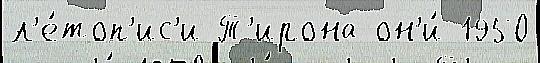
л'е́топ'ис'и Т'ирона он'и́ 1950